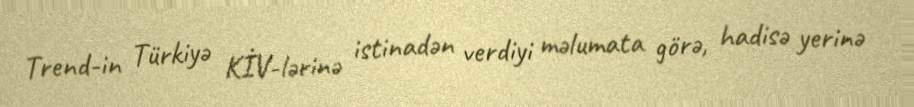
Trend-in Türkiyə KİV-lərinə istinadən verdiyi məlumata görə, hadisə yerinə